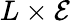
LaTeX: L\times\mathcal{E}